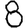
Digit: 8